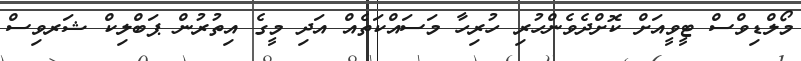
މޯލްޑިވްސް ޓީވީއަށް ކޮށްދެވެންހުރި ހުރިހާ މަސައްކަތެއް އަދި މީގެ އިތުރުން ޕަބްލިކް ޝަރވިސް